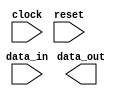
module pcie_controller (
    input wire clock,
    input wire reset,
    input wire data_in,
    output reg data_out
);

// Timing control and synchronization blocks
// Add your code here

endmodule